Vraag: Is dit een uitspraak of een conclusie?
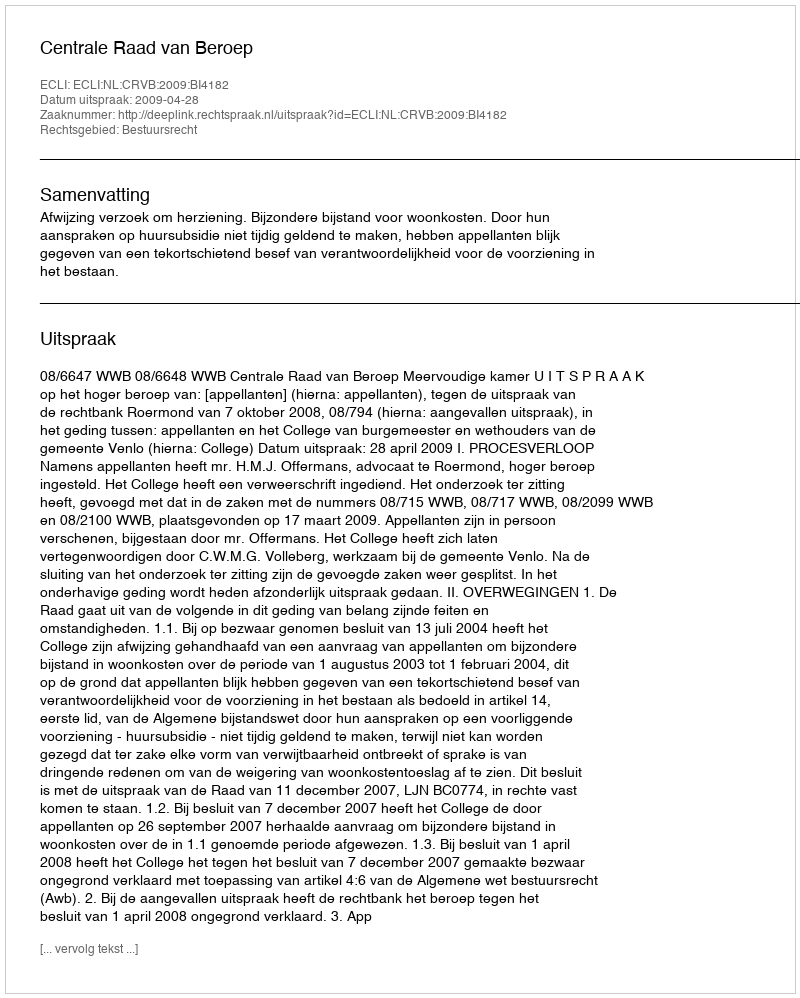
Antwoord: Uitspraak